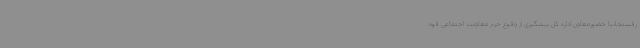
رفسنجانبا حضورمعاون اداره کل پیشگیری از وقوع جرم معاونت اجتماعی قوه